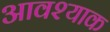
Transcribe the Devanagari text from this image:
आवश्याक